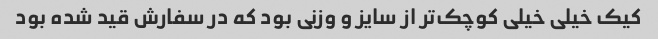
کیک خیلی خیلی کوچک‌تر از سایز و وزنی بود که در سفارش قید شده بود